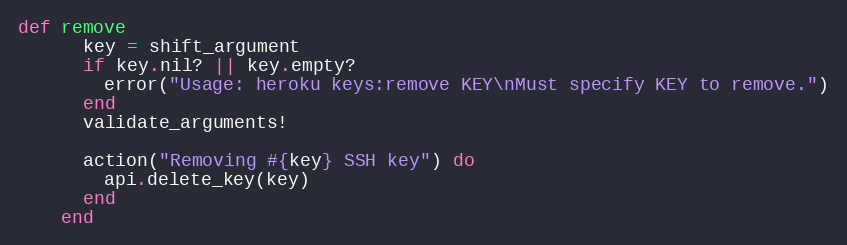
Language: Ruby
def remove
      key = shift_argument
      if key.nil? || key.empty?
        error("Usage: heroku keys:remove KEY\nMust specify KEY to remove.")
      end
      validate_arguments!

      action("Removing #{key} SSH key") do
        api.delete_key(key)
      end
    end